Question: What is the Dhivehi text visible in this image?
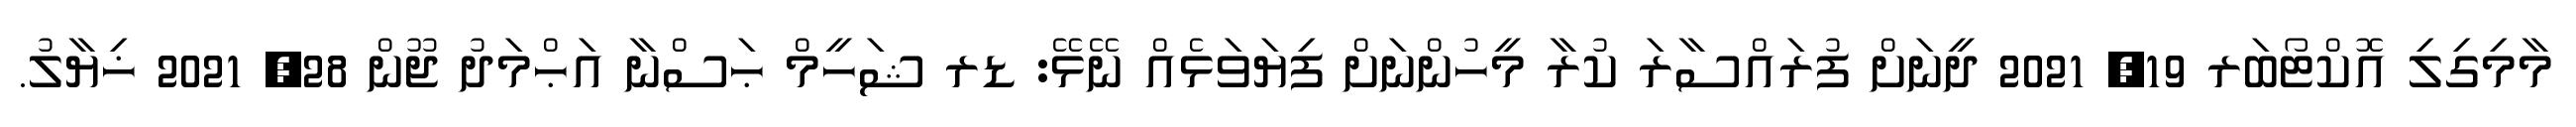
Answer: މާމިގިލި އޮކްޓޯބަރ 19, 2021 ދީނަށް ފުރައްސާރަ ކުރާ މީހުންނަށް ފިޔަވަޅެއް ނޭޅޭ: ޑރ ޝަހީމް ޙަސްނާ އަޙްމަދު ޖޫން 28, 2021 ޚިޔާލު.